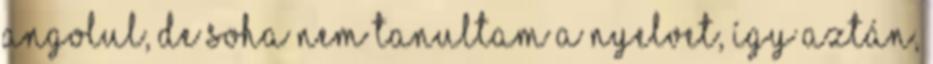
angolul, de soha nem tanultam a nyelvet, Így aztán,